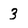
Character: 3